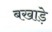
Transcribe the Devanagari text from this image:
बखाड़े